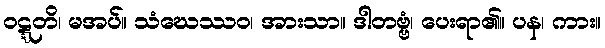
ဝဋ္ဋတိ၊ မအပ်။ သံဃေဿဝ၊ အားသာ။ ဒါတဗ္ဗံ၊ ပေးရာ၏။ ပန၊ ကား။